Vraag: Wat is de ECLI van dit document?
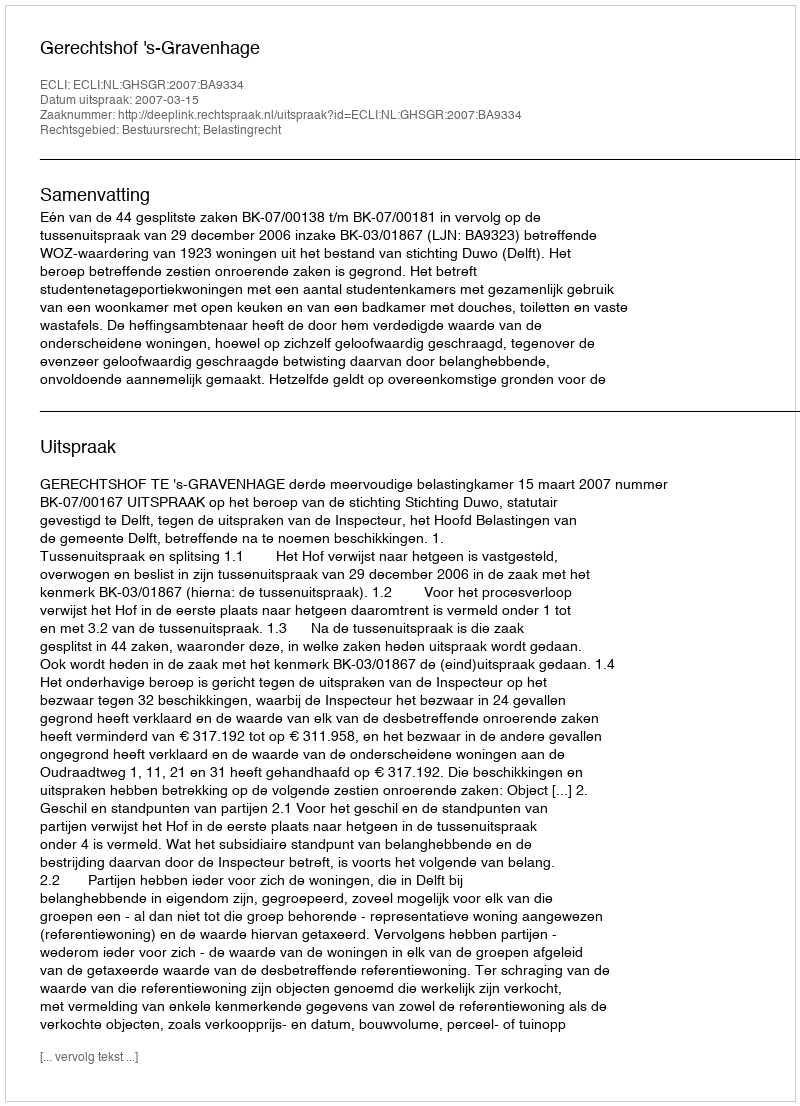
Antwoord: ECLI:NL:GHSGR:2007:BA9334